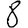
Digit: 8